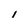
Character: i